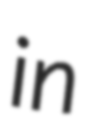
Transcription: in